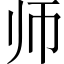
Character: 师